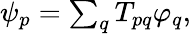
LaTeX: \begin{array}{r}{\psi_{p}=\sum_{q}T_{pq}\varphi_{q},}\end{array}